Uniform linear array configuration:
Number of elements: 48
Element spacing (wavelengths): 0.25
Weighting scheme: hann
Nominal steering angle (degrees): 45
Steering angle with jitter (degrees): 46.848
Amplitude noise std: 0.05
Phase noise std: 0.05

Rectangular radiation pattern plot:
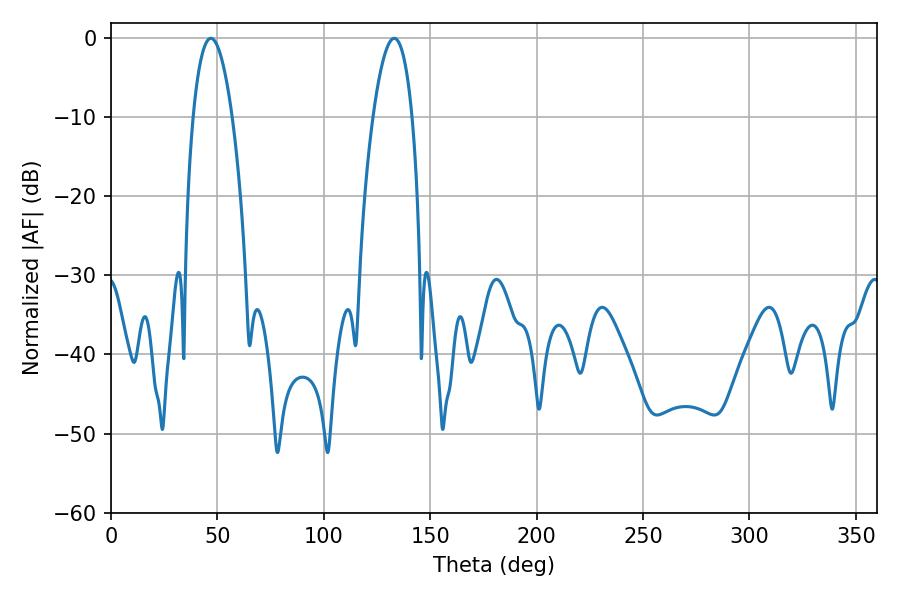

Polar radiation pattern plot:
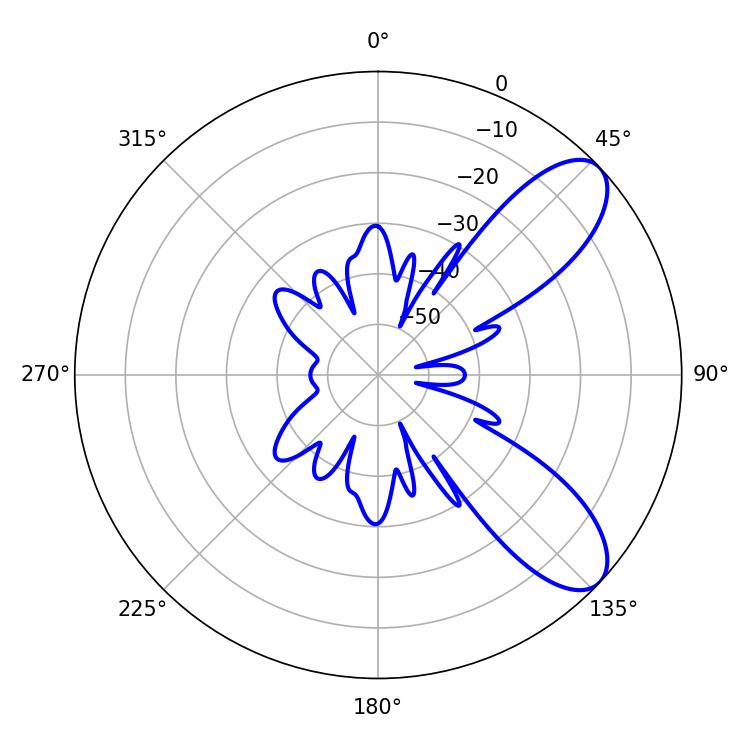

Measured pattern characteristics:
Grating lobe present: FALSE
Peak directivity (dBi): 8.558
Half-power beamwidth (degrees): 10.08
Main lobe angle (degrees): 46.98